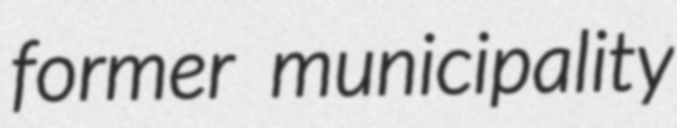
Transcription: former municipality